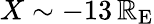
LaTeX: X\sim-13\, \mathbb{R}_{\mathrm{{E}}}